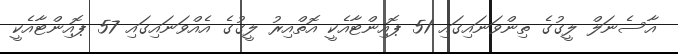
އާސެނަލް ލީގުގެ ތިންވަނައިގައި 51 ޕޮއިންޓާއެކީ އޮތްއިރު ލީގުގެ އެއްވަނައިގައި 57 ޕޮއިންޓާއެކީ